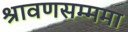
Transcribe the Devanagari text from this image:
श्रावणसम्ममा